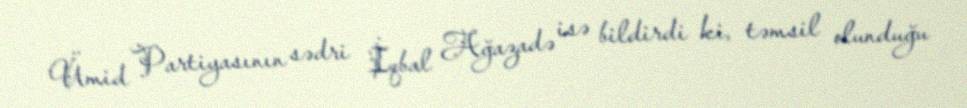
Ümid Partiyasının sədri İqbal Ağazadə isə bildirdi ki, təmsil olunduğu